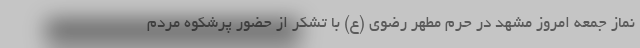
نماز جمعه امروز مشهد در حرم مطهر رضوی (ع) با تشکر از حضور پرشکوه مردم